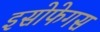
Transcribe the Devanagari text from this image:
इसोफेगस